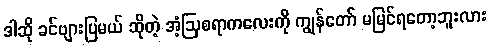
ဒါဆို ခင်ဗျားပြမယ် ဆိုတဲ့ အံ့ဩစရာကလေးကို ကျွန်တော် မမြင်ရတော့ဘူးလား